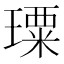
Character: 𤩗